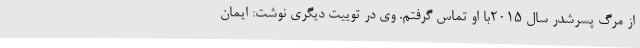
از مرگ پسرشدر سال 2015با او تماس گرفتم. وی در توییت دیگری نوشت: ایمان